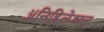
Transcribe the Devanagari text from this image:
ॲनिहिलेशन